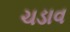
ચડાવ